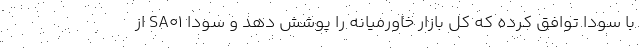
با سودا توافق کرده که کل بازار خاورمیانه را پوشش دهد و سودا SA01 از